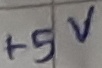
Text: +5V